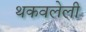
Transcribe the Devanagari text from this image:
थकवलेली